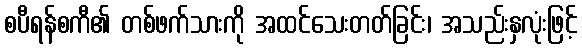
စပီရန်စကီ၏ တစ်ဖက်သားကို အထင်သေးတတ်ခြင်း၊ အသည်းနှလုံးဖြင့်